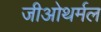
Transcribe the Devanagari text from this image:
जीओथर्मल